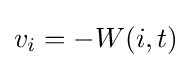
v_{i}=-W(i,t)